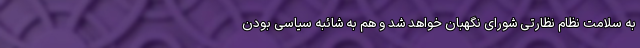
به سلامت نظام نظارتی شورای نگهبان خواهد شد و هم به شائبه‌ سیاسی بودن